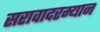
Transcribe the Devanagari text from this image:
सरावादरम्यान